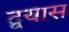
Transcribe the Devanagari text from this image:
द्वयास